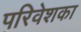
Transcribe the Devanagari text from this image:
परिवेशका